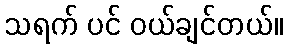
သရက် ပင် ဝယ်ချင်တယ်။